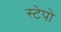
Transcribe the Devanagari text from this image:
स्टेपो